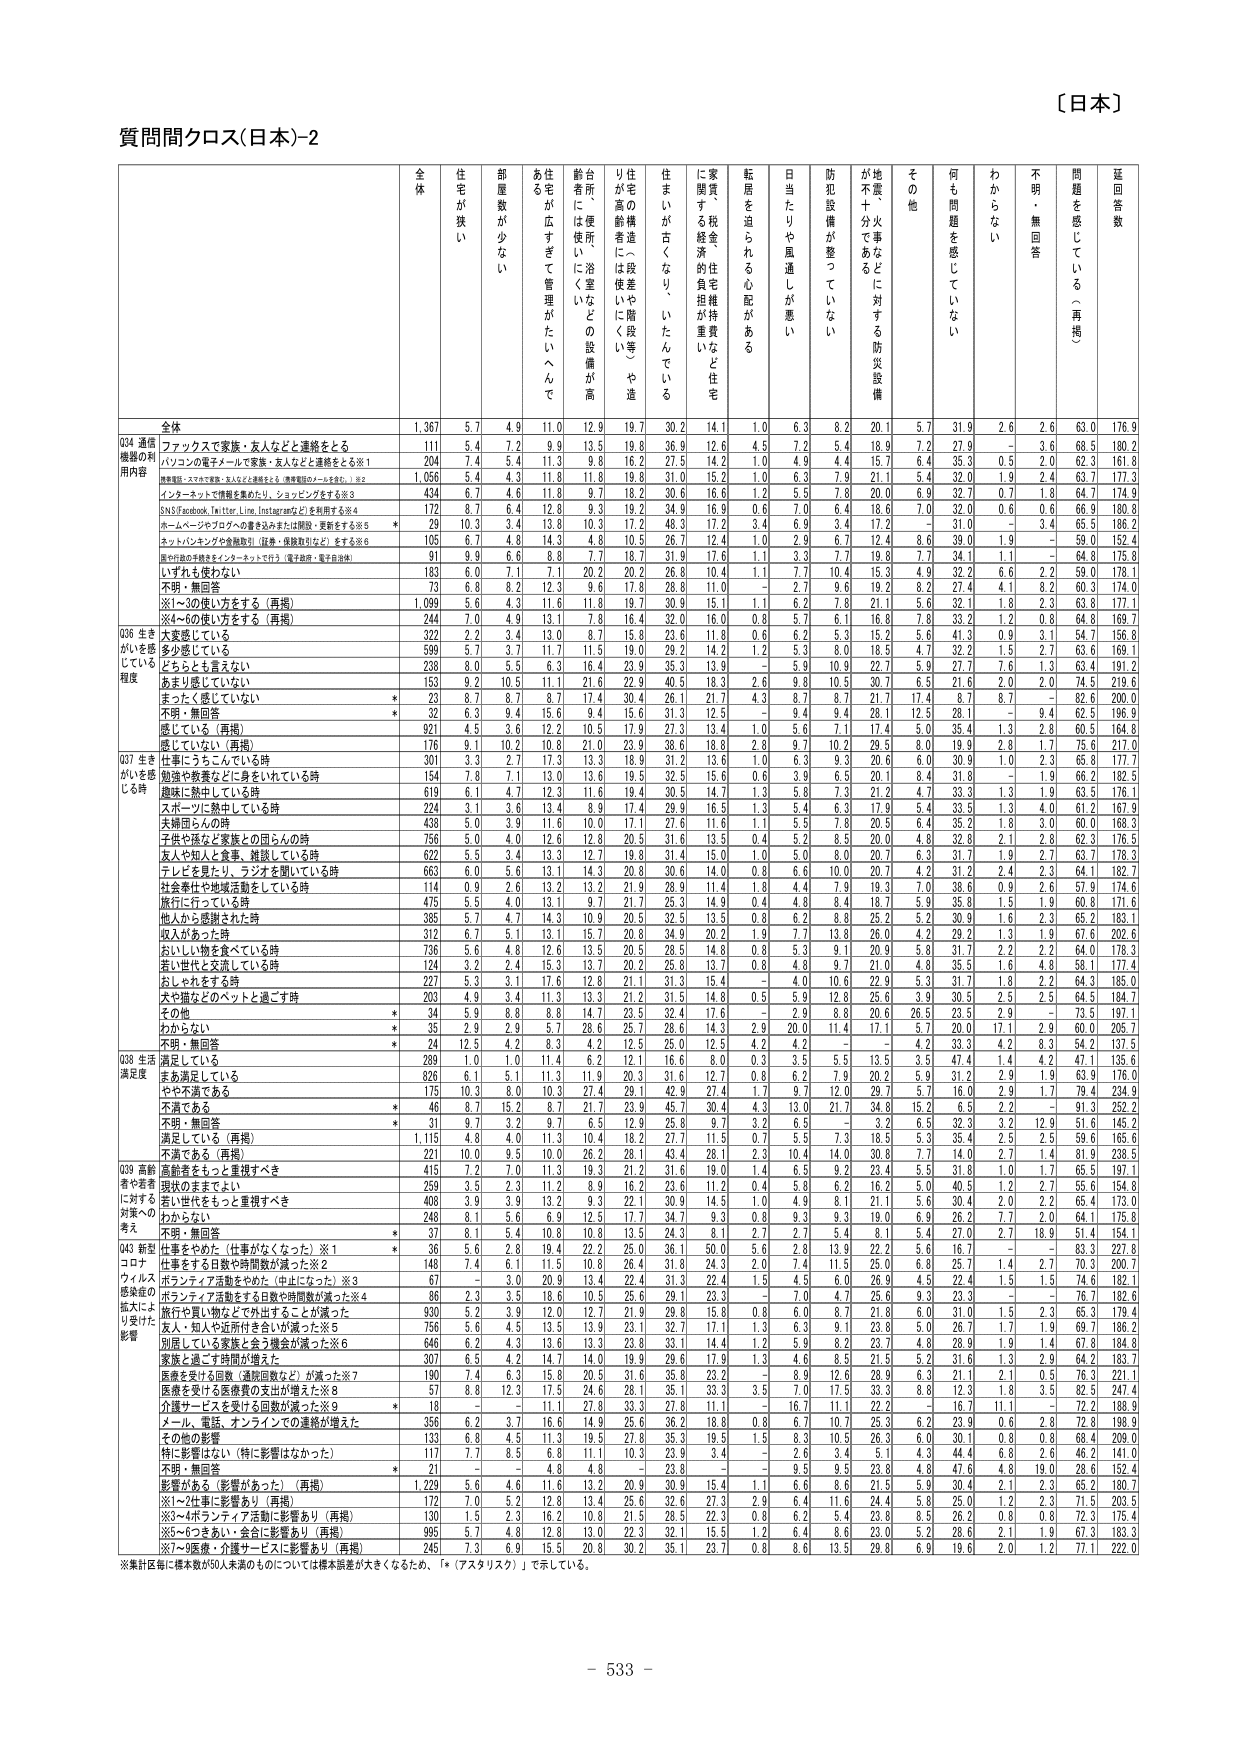
〔日本〕

質問間クロス(日本)-2

全体 住宅が狭い 部屋数が少ない 住宅が広すぎて管理がたいへんで ある 台所・便所・浴室などの設備が高 齢者には使いにくい 住宅の構造（段差や階段等）や造 りが高齢者には使いにくい 住まいが古くなり、いたんでいる 家賃・税金・住宅維持費など住宅 に関する経済的負担が重い 転居を迫られる心配がある 日当たりや風通しが悪い 防犯設備が整っていない 地震・火事などに対する防災設備 が不十分である その他 何も問題を感じていない わからない 不明・無回答 問題を感じている（再掲） 延回答数

全体 1,367 5.7 4.9 11.0 12.9 19.7 30.2 14.1 1.0 6.3 8.2 20.1 5.7 31.9 2.6 2.6 63.0 176.9

Q34 通信機器の利用内容 ファックスで家族・友人などと連絡をとる 111 5.4 7.2 9.9 13.5 19.8 36.9 12.6 4.5 7.2 5.4 18.9 7.2 27.9 - 3.6 68.5 180.2 パソコンの電子メールで家族・友人などと連絡をとる※1 204 7.4 5.4 11.3 9.8 16.2 27.5 14.2 1.0 4.9 4.4 15.7 6.4 35.3 0.5 2.0 62.3 161.8 （携帯電話・スマホで家族・友人などと連絡をとる（携帯電話のメールを含む。）※2 1,056 4.4 4.3 11.8 11.8 19.8 31.0 15.2 1.0 6.3 7.9 21.1 5.4 32.0 1.9 2.4 63.7 177.3 インターネットで情報を調べたり、ショッピングをする※3 434 6.7 4.6 11.8 9.7 18.2 30.6 16.6 1.2 5.5 7.8 20.0 6.9 32.7 0.7 1.8 64.7 174.9 SNS(Facebook, Twitter, Line, Instagramなど)を活用する※4 172 8.7 6.4 12.8 9.3 19.2 34.9 16.9 0.6 7.0 6.4 18.6 7.0 32.0 0.6 0.6 66.9 180.8 ホームページやブログへの書き込みまたは閲覧・更新をする※5 * 29 10.3 3.4 13.8 10.3 17.2 48.3 17.2 3.4 6.9 3.4 17.2 - 31.0 - 3.4 65.5 186.2 スマートバンキングの金融取引（振替・振込取引など）をする※6 105 6.7 4.8 14.3 4.8 10.5 26.7 12.4 1.0 2.9 6.7 12.4 8.6 39.0 1.9 - 58.0 152.4 音や行書の本体をインターネットで行う（電子納品・電子自治体） 91 9.9 6.6 8.8 7.7 18.7 31.9 17.6 1.1 3.3 7.7 19.8 7.7 34.1 1.1 - 64.8 175.8 いずれも使わない 183 6.0 7.1 7.1 20.2 20.2 26.8 10.4 1.1 7.7 10.4 15.3 4.9 32.2 6.6 2.2 59.0 178.1 不明・無回答 73 6.8 8.2 12.3 9.6 17.8 28.8 11.0 - 2.7 9.6 19.2 8.2 27.4 4.1 8.2 60.3 174.0 ※1～3の使い方をする（再掲） 1,099 5.6 4.3 11.6 11.8 19.7 30.9 15.1 1.1 6.2 7.8 21.1 5.6 32.1 1.8 2.3 63.8 177.1 ※4～6の使い方をする（再掲） 244 7.0 4.9 13.1 7.8 16.4 32.0 16.0 0.8 5.7 6.1 16.8 7.8 33.2 1.2 0.8 64.8 169.7

Q36 生きがいを感じている程度 大変感じている 322 2.2 3.4 13.0 8.7 15.8 23.6 11.8 0.6 6.2 5.3 15.2 5.6 41.3 0.9 3.1 54.7 156.8 少し感じている 599 5.7 3.7 11.7 11.5 19.0 29.2 14.2 1.2 5.3 8.0 18.5 4.7 32.2 1.5 2.7 63.6 169.1 どちらとも言えない 238 8.0 5.5 6.3 16.4 23.9 35.3 13.9 - 5.9 10.9 22.7 5.9 27.7 7.6 1.3 63.4 191.2 あまり感じていない 153 9.2 10.5 11.1 21.6 22.9 40.5 18.3 2.6 9.8 10.5 30.7 6.5 21.6 2.0 2.0 74.5 219.6 まったく感じていない * 23 8.7 8.7 8.7 17.4 30.4 26.1 21.7 4.3 8.7 8.7 21.7 17.4 8.7 8.7 - 82.6 200.0 不明・無回答 * 32 6.3 9.4 15.6 9.4 15.6 31.3 12.5 - 9.4 9.4 28.1 12.5 28.1 - 9.4 62.5 196.9 感じている（再掲） 921 4.5 3.6 12.2 10.5 17.9 27.3 13.4 1.0 5.6 7.1 17.4 5.0 35.4 1.3 2.8 60.5 164.8 感じていない（再掲） 176 9.1 10.2 10.8 21.0 23.9 38.6 18.8 2.8 9.7 10.2 29.5 8.0 19.9 2.8 1.7 75.6 217.0

Q37 生きがいを感じる時 仕事にうちこんでいる時 301 3.3 2.7 17.3 13.3 18.9 31.2 13.6 1.0 6.3 9.3 20.6 6.0 30.9 1.0 2.3 65.8 177.7 勤勉や教育などに身をいれている時 154 7.8 7.1 13.0 13.6 19.5 32.5 15.6 0.6 3.9 6.5 20.1 8.4 31.8 - 1.9 66.2 182.5 趣味に熱中している時 619 6.1 4.7 12.3 11.6 19.4 30.5 14.7 1.3 5.8 7.3 21.2 4.7 33.3 1.3 1.9 63.5 176.1 スポーツに熱中している時 224 3.1 3.6 13.4 8.9 17.4 29.9 16.5 1.3 5.4 6.3 17.9 5.4 33.5 1.3 4.0 61.2 167.9 夫婦同士の時 438 5.0 3.9 11.6 10.0 17.1 27.6 11.6 1.1 5.5 7.8 20.5 6.4 35.2 1.8 3.0 60.0 168.3 子供や孫など家族との同らんの時 756 5.0 4.0 12.6 12.8 20.5 31.6 13.5 0.4 5.2 8.5 20.0 4.8 32.8 2.1 2.8 62.3 176.5 友人や知人と食事、雑談している時 622 5.5 3.4 13.3 12.7 19.8 31.4 15.0 1.0 5.0 8.0 20.7 6.3 31.7 1.9 2.7 63.7 178.3 テレビを見たり、ラジオを聞いている時 663 6.0 5.6 13.1 14.3 20.8 30.6 14.0 0.8 6.6 10.0 20.7 4.2 31.2 2.4 2.3 64.1 182.7 社会奉仕や地域活動をしている時 114 0.9 2.6 13.2 13.2 21.9 28.9 11.4 1.8 4.4 7.9 19.3 7.0 38.6 0.9 2.6 57.9 174.6 旅行に行っている時 475 5.5 4.0 13.1 9.7 21.7 25.3 14.9 0.4 4.8 8.4 18.7 5.9 35.8 1.5 1.9 60.8 171.6 他人から感謝された時 385 5.7 4.7 14.3 10.9 20.5 32.5 13.5 0.8 6.2 8.8 25.2 5.2 30.9 1.6 2.3 65.2 183.1 収入があった時 312 6.7 5.1 13.1 15.7 20.8 34.9 20.2 1.9 7.7 13.8 26.0 4.2 29.2 1.3 1.9 67.6 202.6 おいしい物を食べている時 736 5.6 4.8 12.6 13.5 20.5 28.5 14.8 0.8 5.3 9.1 20.9 5.8 31.7 2.2 2.2 64.0 178.3 若い世代と交流している時 124 3.2 2.4 15.3 13.7 20.2 25.8 13.7 0.8 4.8 9.7 21.0 4.8 35.5 1.6 4.8 58.1 177.4 おしゃれをする時 227 5.3 3.1 17.6 12.8 21.1 31.3 15.4 - 4.0 10.6 22.9 5.3 31.7 1.8 2.2 64.3 185.0 犬や猫などのペットと過ごす時 203 4.9 3.4 11.3 13.3 21.2 31.5 14.8 0.5 5.9 12.8 25.6 3.9 30.5 2.5 2.5 64.5 184.7 その他 * 34 5.9 8.8 8.8 14.7 23.5 32.4 17.6 - 2.9 8.8 20.6 26.5 23.5 2.9 - 73.5 197.1 わからない * 35 2.9 2.9 5.7 28.6 25.7 28.6 14.3 2.9 20.0 11.4 17.1 5.7 20.0 17.1 2.9 60.0 205.7 不明・無回答 * 24 12.5 4.2 8.3 4.2 12.5 25.0 12.5 4.2 4.2 - - 4.2 33.3 4.2 8.3 54.2 137.5

Q38 生活満足度 満足している 289 1.0 1.0 11.4 6.2 12.1 16.6 8.0 0.3 3.5 5.5 13.5 3.5 47.4 1.4 4.2 47.1 135.6 まあ満足している 826 6.1 5.1 11.3 11.9 20.3 31.6 12.7 0.8 6.2 7.9 20.2 5.9 31.2 2.9 1.9 63.9 176.0 やや不満である 175 10.3 8.0 10.3 27.4 29.1 42.9 27.4 1.7 9.7 12.0 29.7 5.7 16.0 2.9 1.7 79.4 234.9 不満である * 46 8.7 15.2 8.7 21.7 23.9 45.7 30.4 4.3 13.0 21.7 34.8 15.2 6.5 2.2 - 91.3 252.2 不明・無回答 * 31 9.7 3.2 9.7 6.5 12.9 25.8 9.7 3.2 6.5 - 3.2 6.5 32.3 3.2 12.9 51.6 145.2 満足している（再掲） 1,115 4.8 4.0 11.3 10.4 18.2 27.7 11.5 0.7 5.5 7.3 18.5 5.3 35.4 2.5 2.5 59.6 165.6 不満である（再掲） 221 10.0 9.5 10.0 26.2 28.1 43.4 28.1 2.3 10.4 14.0 30.8 7.7 14.0 2.7 1.4 81.9 238.5

Q39 高齢者や若者に対する対策への考え 高齢者をもっと重視すべき 415 7.2 7.0 11.3 19.3 21.2 31.6 19.0 1.4 6.5 9.2 23.4 5.5 31.8 1.0 1.7 65.5 197.1 現状のままでよい 259 3.5 2.3 11.2 8.9 16.2 23.6 11.2 0.4 5.8 6.2 16.2 5.0 40.5 1.2 2.7 55.6 154.8 若い世代をもっと重視すべき 408 3.9 3.9 13.2 9.3 22.1 30.9 14.5 1.0 4.9 8.1 21.1 5.6 30.4 2.0 2.2 65.4 173.0 わからない 248 8.1 5.6 6.9 12.5 17.7 34.7 9.3 0.8 9.3 9.3 19.0 6.9 26.2 7.7 2.0 64.1 175.8 不明・無回答 * 37 8.1 5.4 10.8 10.8 13.5 24.3 8.1 2.7 2.7 5.4 8.1 5.4 27.0 2.7 18.9 51.4 154.1

Q43 新型コロナウイルス感染症の拡大により受けた影響 仕事をやめた（仕事がなくなった）※1 * 36 5.6 2.8 19.4 22.2 25.0 36.1 50.0 5.6 2.8 13.9 22.2 5.6 16.7 - - 83.3 227.8 仕事をする日数や時間数が減った※2 148 7.4 6.1 11.5 10.8 26.4 31.8 24.3 2.0 7.4 11.5 25.0 6.8 25.7 1.4 2.7 70.3 200.7 ボランティア活動をやめた（中止になった）※3 67 - 3.0 20.9 13.4 22.4 31.3 22.4 1.5 4.5 6.0 26.9 4.5 22.4 1.5 1.5 74.6 182.1 ボランティア活動をする日数や時間数が減った※4 86 2.3 3.5 18.6 10.5 25.6 29.1 23.3 - 7.0 4.7 25.6 9.3 23.3 - - 76.7 182.6 旅行や買い物などで外出することが減った 930 5.2 3.9 12.0 12.7 21.9 29.8 15.8 0.8 6.0 8.7 21.8 6.0 31.0 1.5 2.3 65.3 179.4 友人・知人や近所付き合いが減った※5 756 5.6 4.5 13.5 13.9 23.1 32.7 17.1 1.3 6.3 9.1 23.8 5.0 26.7 1.7 1.9 69.7 186.2 別居している家族と会う機会が減った※6 646 6.2 4.3 13.6 13.3 23.8 33.1 14.4 1.2 5.9 8.2 23.7 4.8 28.9 1.9 1.4 67.8 184.8 家族と過ごす時間が増えた 307 6.5 4.2 14.7 14.0 19.9 29.6 17.9 1.3 4.6 8.5 21.5 5.2 31.6 1.3 2.9 64.2 183.7 医療を受けた回数（通院回数など）が減った※7 190 7.4 6.3 15.8 20.5 31.6 35.8 23.2 - 8.9 12.6 28.9 6.3 21.1 2.1 0.5 76.3 221.1 医療を受ける医療費の支出が増えた※8 57 8.8 12.3 17.5 24.6 28.1 35.1 33.3 3.5 7.0 17.5 33.3 8.8 12.3 1.8 3.5 82.5 247.4 介護サービスを受けた回数が減った※9 * 18 - - 11.1 27.8 33.3 27.8 11.1 - 16.7 11.1 22.2 - 16.7 11.1 - 72.2 188.9 メール、電話、オンラインでの連絡が増えた 356 6.2 3.7 16.6 14.9 25.6 36.2 18.8 0.8 6.7 10.7 25.3 6.2 23.9 0.6 2.8 72.8 198.9 その他の影響 133 6.8 4.5 11.3 19.5 27.8 35.3 19.5 1.5 8.3 10.5 26.3 6.0 30.1 0.8 0.8 68.4 209.0 特に影響はない（特に影響はなかった） 117 7.7 8.5 6.8 11.1 10.3 23.9 3.4 - 2.6 3.4 5.1 4.3 44.4 6.8 2.6 46.2 141.0 不明・無回答 * 21 - - 4.8 4.8 - 23.8 - 9.5 9.5 23.8 4.8 47.6 4.8 19.0 26.6 152.4 影響がある（影響があった）（再掲） 1,229 5.6 4.6 11.6 13.2 20.9 30.9 15.4 1.1 6.6 8.6 21.5 5.9 30.4 2.1 2.3 65.2 180.7 ※1～2仕事に影響あり（再掲） 172 7.0 5.2 12.8 13.4 25.6 32.6 27.3 2.9 6.4 11.6 24.4 5.8 25.0 1.2 2.3 71.5 203.5 ※3～4ボランティア活動に影響あり（再掲） 130 1.5 2.3 16.2 10.8 21.5 28.5 22.3 0.8 6.2 5.4 23.8 8.5 26.2 0.8 0.8 72.3 175.4 ※5～6つきあい・会合に影響あり（再掲） 995 5.7 4.8 12.8 13.0 22.3 32.1 15.5 1.2 6.4 8.6 23.0 5.2 28.6 2.1 1.9 67.3 183.3 ※7～9医療・介護サービスに影響あり（再掲） 245 7.3 6.9 15.5 20.8 30.2 35.1 23.7 0.8 8.6 13.5 28.8 6.9 19.6 2.0 1.2 77.1 222.0

※集計区画に標本数が50人未満のものについては標本誤差が大きくなるため、「*（アスタリスク）」で示している。

- 533 -